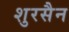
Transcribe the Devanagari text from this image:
शुरसैन